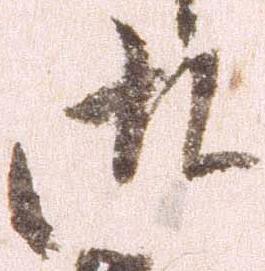
御